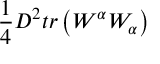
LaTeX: \frac { 1 } { 4 } D ^ { 2 } t r \left( W ^ { \alpha } W _ { \alpha } \right)